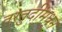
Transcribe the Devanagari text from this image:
तरतुदींमधून